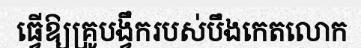
ធ្វើឱ្យគ្រូបង្វឹករបស់បឹងកេតលោក